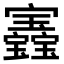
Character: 𡬏